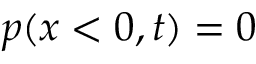
p ( x < 0 , t ) = 0